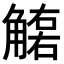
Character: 𧤮